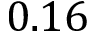
0 . 1 6